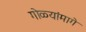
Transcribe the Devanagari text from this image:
गोळ्यांमागे